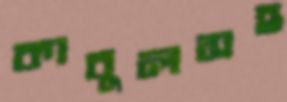
কাবুলসহ